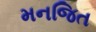
મનજિત